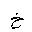
Letter: _kha